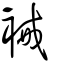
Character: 裓